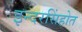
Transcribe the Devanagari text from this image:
इन्दरसिंहोत